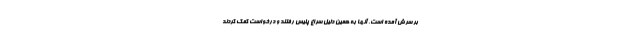
بر سرش آمده است. آنها به همین دلیل سراغ پلیس رفتند و درخواست کمک کردند